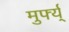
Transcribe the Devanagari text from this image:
मुर्फ्य्